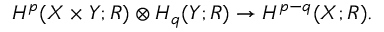
H ^ { p } ( X \times Y ; R ) \otimes H _ { q } ( Y ; R ) \rightarrow H ^ { p - q } ( X ; R ) .